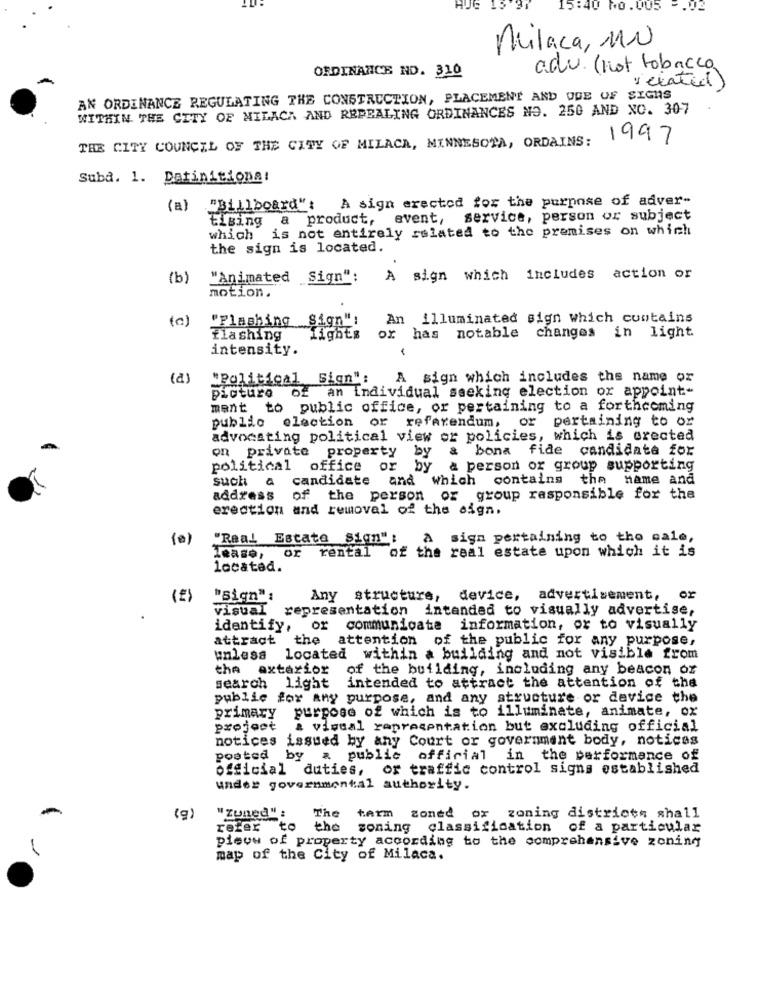
HUG
15:40 NO . VU5
-. 02
Milaca, MN
adu. (not tobacco
ORDINANCE ND. 310
" elatia)
AN ORDINANCE REGULATING THE CONSTRUCTION, PLACEMENT AND UDE OF SIGNS
WITHIN THE CITY OF MILACA AND REPEALING ORDINANCES NO. 250 AND NO. 307
THE CITY COUNCIL OF THE CITY OF MILACA, MINNESOTA, ORDAINS:
1997
Suba. 1. Datinitiona:
"Billboard": A sign erected for the purpose of adver-
(a)
tising a product, event, service, person or subject
which is not entirely related to the premises on which
the sign is located.
(b)
"Animated Sign":
A sign which includes action or
motion.
(a)
An illuminated sign which contains
"Flashing Sign"!
Flashing
Lights
or has notable changes in light.
intensity.
(a)
"Political Sign":
A sign which includes the name or
picture of an individual seeking election or appoint-
ment to public office, or pertaining to a forthcoming
public election or referendum, or pertaining to or
advocating political view or policies, which is orected
on private property by & bona fide candidate for
political
office
or b
/ a person or group supporting
such a candidate and which contains the name and
address of
the person or group responsible for the
erection and removal of the sign.
"Real Estate Sign" ;
Asign pertaining to the sale,
rental of the real estate upon which it is
lease, or
located.
(E)
"sign":
Any structure, device, advertisement,
visual representation intended to visually advertise,
identify,
or
communicate information, or to visually
attract the attention
of the public for any purpose,
unless located within a building and not visible from
the exterior
of the building, including any beacon of
search
light
intended to attract the attention of the
public for any purpose, and any structure or device the
primary purpose of which is to illuminate, animate, ox
project
& visual representation but excluding official
notices issued by any Court or government body, notices
posted by a public
official in the performance of
official duties, or traffic control signs established
under governmental authority.
-
(9)
"zuned" :
The
tarm zoned or zoning districts shall
refer to the soning
classification of a particular
pieww of property according to the comprehensive zoning
map of the City of Milaca.